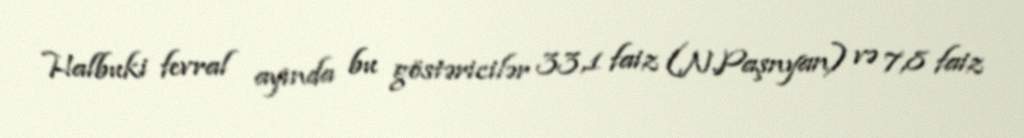
Halbuki fevral ayında bu göstəricilər 33,1 faiz (N.Paşnyan) və 7,8 faiz